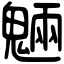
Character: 魎